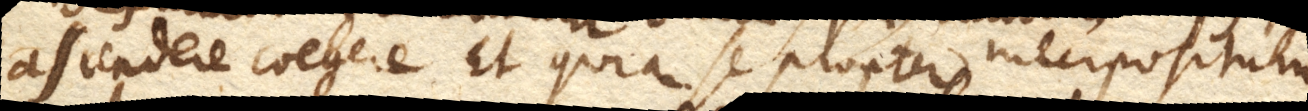
ascendere coegere. Et quia se propter interpositum